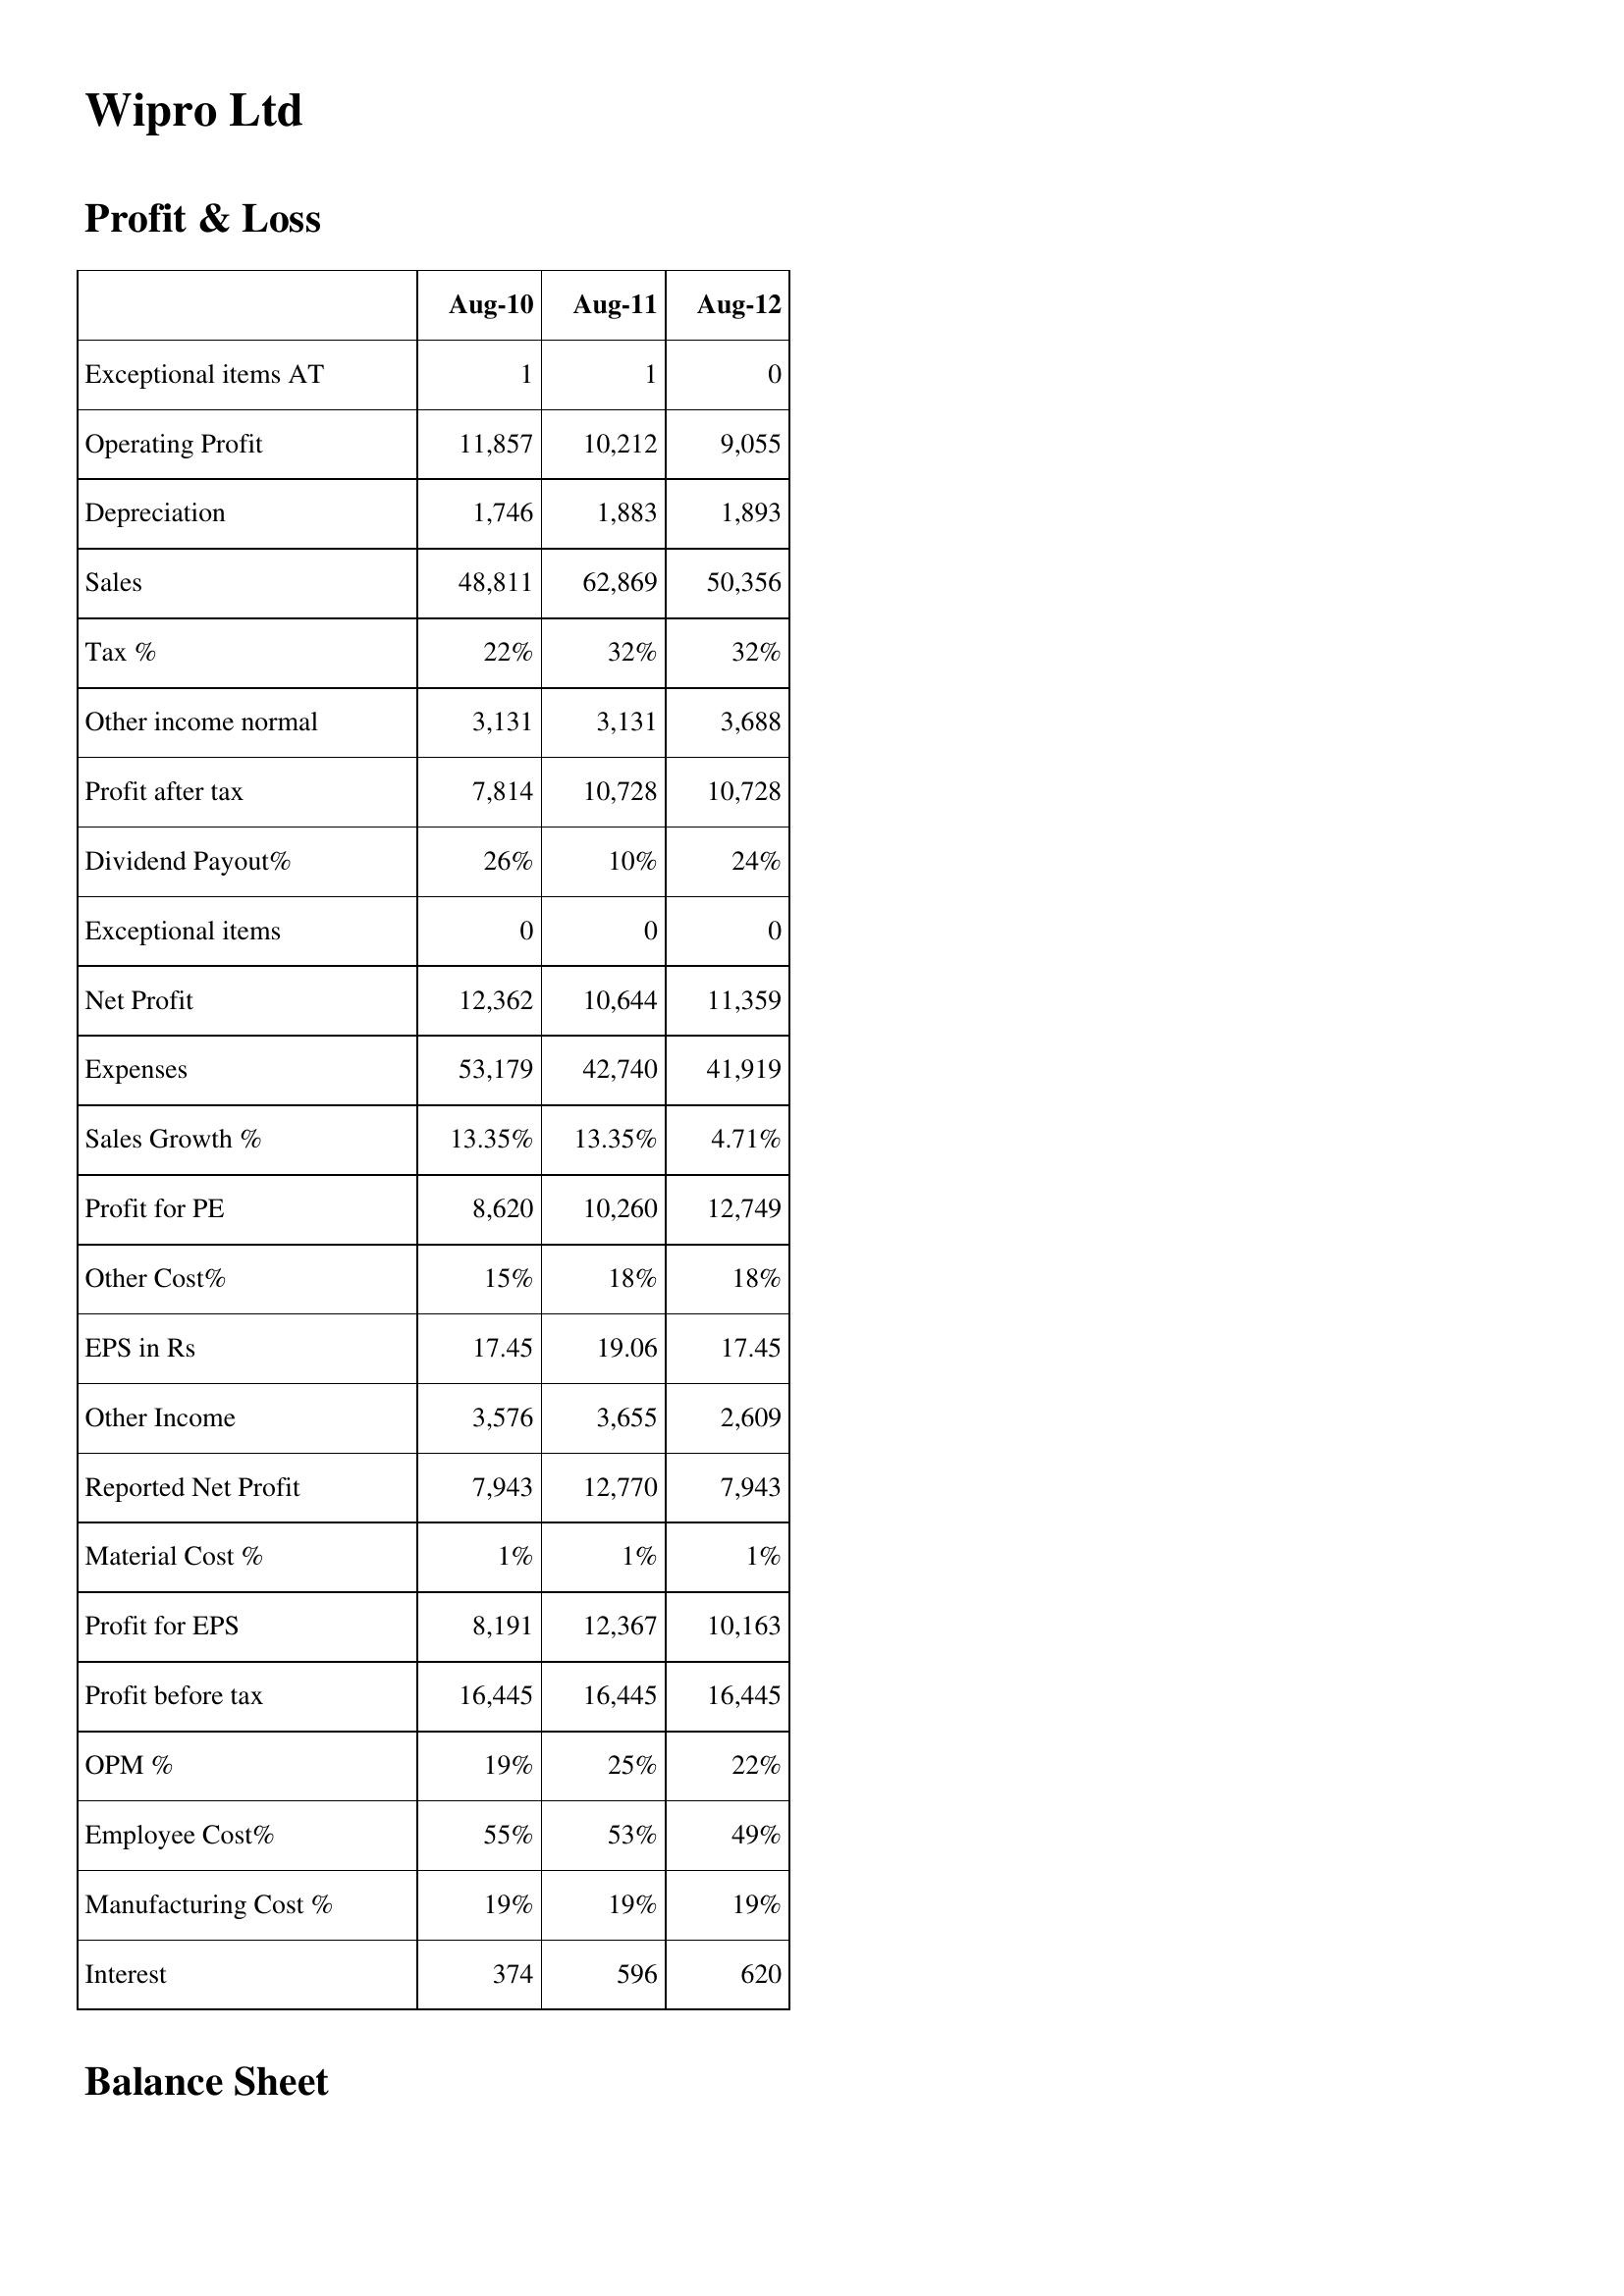
Aug-10: Profit & Loss: Exceptional items AT: 1
Operating Profit: 11,857
Depreciation: 1,746
Sales: 48,811
Tax %: 22%
Other income normal: 3,131
Profit after tax: 7,814
Dividend Payout%: 26%
Exceptional items: 0
Net Profit: 12,362
Expenses: 53,179
Sales Growth %: 13.35%
Profit for PE: 8,620
Other Cost%: 15%
EPS in Rs: 17.45
Other Income: 3,576
Reported Net Profit: 7,943
Material Cost %: 1%
Profit for EPS: 8,191
Profit before tax: 16,445
OPM %: 19%
Employee Cost%: 55%
Manufacturing Cost %: 19%
Interest: 374
Aug-11: Profit & Loss: Exceptional items AT: 1
Operating Profit: 10,212
Depreciation: 1,883
Sales: 62,869
Tax %: 32%
Other income normal: 3,131
Profit after tax: 10,728
Dividend Payout%: 10%
Exceptional items: 0
Net Profit: 10,644
Expenses: 42,740
Sales Growth %: 13.35%
Profit for PE: 10,260
Other Cost%: 18%
EPS in Rs: 19.06
Other Income: 3,655
Reported Net Profit: 12,770
Material Cost %: 1%
Profit for EPS: 12,367
Profit before tax: 16,445
OPM %: 25%
Employee Cost%: 53%
Manufacturing Cost %: 19%
Interest: 596
Aug-12: Profit & Loss: Exceptional items AT: 0
Operating Profit: 9,055
Depreciation: 1,893
Sales: 50,356
Tax %: 32%
Other income normal: 3,688
Profit after tax: 10,728
Dividend Payout%: 24%
Exceptional items: 0
Net Profit: 11,359
Expenses: 41,919
Sales Growth %: 4.71%
Profit for PE: 12,749
Other Cost%: 18%
EPS in Rs: 17.45
Other Income: 2,609
Reported Net Profit: 7,943
Material Cost %: 1%
Profit for EPS: 10,163
Profit before tax: 16,445
OPM %: 22%
Employee Cost%: 49%
Manufacturing Cost %: 19%
Interest: 620